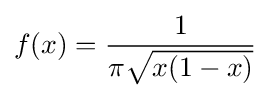
f(x)={\frac {1}{\pi {\sqrt {x(1-x)}}}}